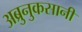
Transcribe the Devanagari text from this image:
अब्रुनुकसानी